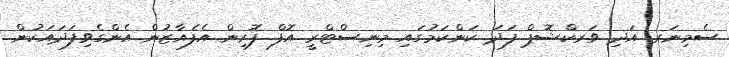
ސެމިނަރ އަދި ވަރކްޝޮޕް ފަދަ ކަންކަމުގައި މިނިސްޓްރީ އޮފް ފޮރިން އެފެއާޒުން އެންގެވިފަދައަކުން